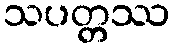
သပတ္တဿ